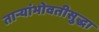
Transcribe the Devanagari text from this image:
ताऱ्यांभोवतीसुद्धा